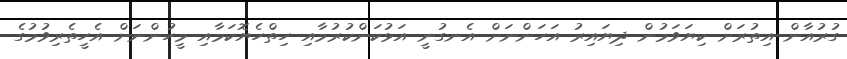
ގުރުއާން އިތުރަށް ކިޔަވަމުން ދިޔައިރު އަހަންނަށް އެނގުނީ އަޅުކަންކުރުމާއި ހިތްހެޔޮކަމާއި މީހުންނަށް އެހީތެރިވުމުގެ